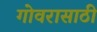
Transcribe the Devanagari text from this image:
गोवरासाठी